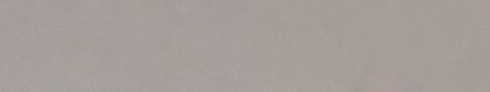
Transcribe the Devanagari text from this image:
यो